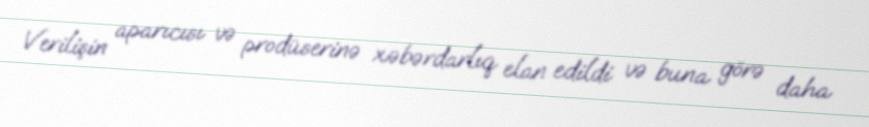
Verilişin aparıcısı və prodüserinə xəbərdarlıq elan edildi və buna görə daha